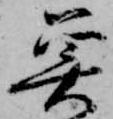
魚